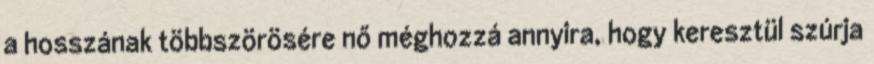
a hosszának többszörösére nő méghozzá annyira, hogy keresztül szúrja